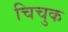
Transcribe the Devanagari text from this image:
चिचुक